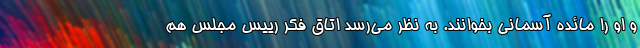
و او را مائده آسمانی بخوانند. به نظر می‌رسد اتاق فکر رییس مجلس هم